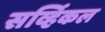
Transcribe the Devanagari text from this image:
सर्व्हिकल